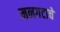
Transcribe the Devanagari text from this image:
मनगटाचे